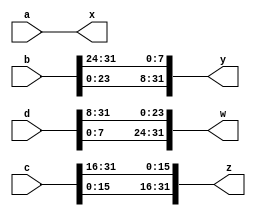
/*
-------------------SHIFT ROWS MODULE---------------------

The INPUT is 4*4 matrix enters in 4 wires a,b,c,d ...EVERY WIRE REPRESENTS A ROW
The OUTPUT is 4*4 matrix enters in 4 wires x,y,z,w ...EVERY WIRE REPRESENTS A ROW
*/
module shift_rows (a,b,c,d,x,y,z,w);
//INPUTS  
input [31:0] a;
input [31:0] b;
input [31:0] c;
input [31:0] d; 
//OUTPUTS
output  [31:0] x;
output  [31:0] y;
output  [31:0] z;
output  [31:0] w; 

assign x = a; //the first row will get no shift 
assign y = {b[23:0] , b[31:24]}; //second row will be shifted by 1 byte(8 bits)
assign z = {c[15:0] , c[31:16]}; //third row will be shifted by 2 bytes(16 bits)
assign w = {d[7:0] , d[31:8]};  //fourth row will be shifted by 3 bytes(24 bits)
endmodule